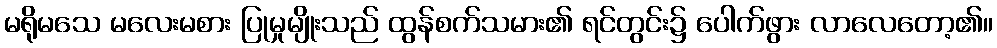
မရိုမသေ မလေးမစား ပြုမှုမျိုးသည် ထွန်စက်သမား၏ ရင်တွင်း၌ ပေါက်ဖွား လာလေတော့၏။